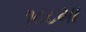
૧૮૮મા